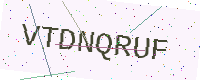
Text: VTDNQRUF